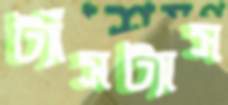
ট্যাঁসট্যাস